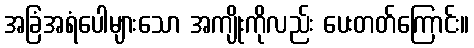
အခြံအရံပေါများသော အကျိုးကိုလည်း ပေးတတ်ကြောင်း။